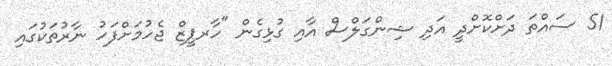
51 ސައްތަ ދަށްކޮށްދީ އަދި ޝިންގަލްސް އާއި ގުޅިގެން "ހާރޕީޒް ޖެހުމަށްފަހު ނާރުތަކުގައި